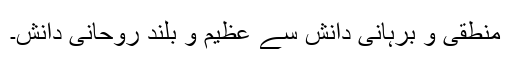
منطقی و بُرہانی دانش سے عظیم و بلند روحانی دانش۔